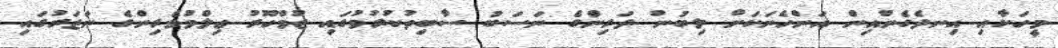
މީހަކާއި އިނދެގެންއިން އަންހެނަކަށް ލިބުނު ދަރިންގެ ނަސަބު ސާބިތުކުރުމުގައި ޖުމްހޫރު ޢިލްމުވެރިންގެ ނަޒަރުގައި